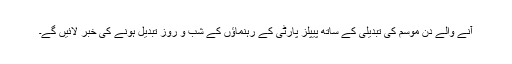
آنے والے دن موسم کی تبدیلی کے ساتھ پیپلز پارٹی کے رہنماؤں کے شب و روز تبدیل ہونے کی خبر لائیں گے۔